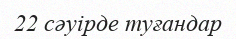
22 сәуірде туғандар